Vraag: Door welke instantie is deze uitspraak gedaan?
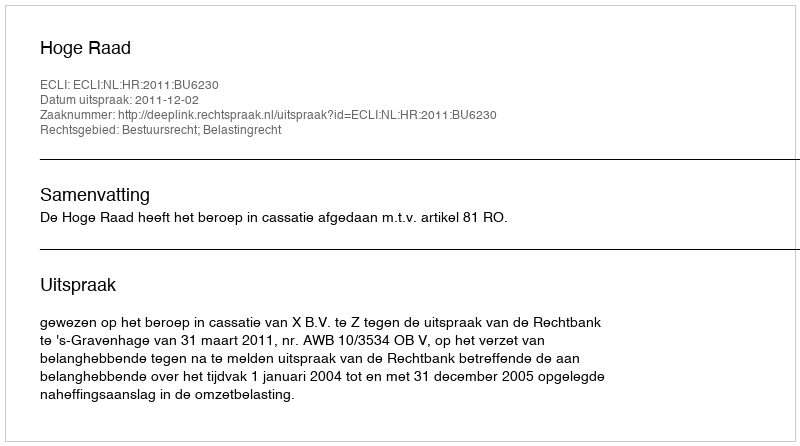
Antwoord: Hoge Raad